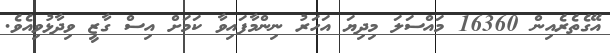
އޭގެތެރެއިން 16360 މައްސަލަ މިދިޔަ އަހަރު ނިންމާފައިވާ ކަމަށް އިސް ގާޒީ ވިދާޅުވިއެވެ.